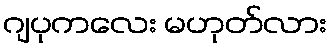
ဂျပုကလေး မဟုတ်လား